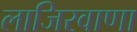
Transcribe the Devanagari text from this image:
लाजिरवाणा